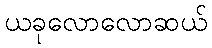
ယခုလောလောဆယ်